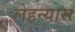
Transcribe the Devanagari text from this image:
लेहन्यास